Lunatic asylums Punjab 1881-1894 - 1881-1894
Year: 1881
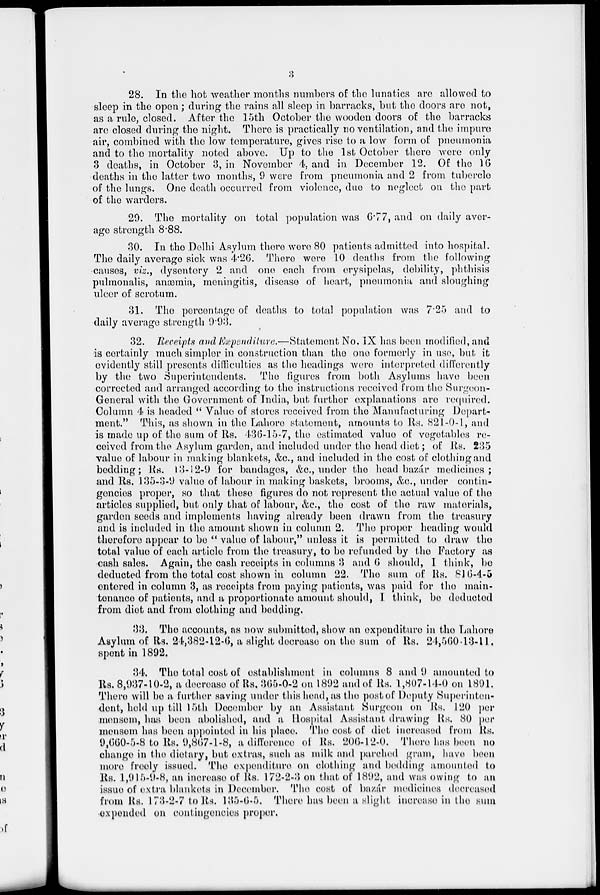
3
28. In the hot weather months numbers of the lunatics are allowed to
sleep in the open ; during the rains all sleep in barracks, but the doors are not,
as a rule, closed. After the 15th October the wooden doors of the barracks
are closed during the night. There is practically no ventilation, and the impure
air, combined with the low temperature, gives rise to a low form of pneumonia
and to the mortality noted above. Up to the 1st October there were only
3 deaths, in October 3, in November 4, and in December 12. Of the 16
deaths in the latter two months, 9 were from pneumonia and 2 from tuberele
of the lungs. One death occurred from violence, due to neglect on the part
of the warders.
29. The mortality on total population was 6.77, and on daily aver-
age strength 8.88.
30. In the Delhi Asylum there were 80 patients admitted into hospital.
The daily average sick was 4.26. There were 10 deaths from the following
causes, viz., dysentery 2 and one each from erysipelas, debility, phthisis
pulmonalis, anæmia, meningitis, disease of heart, pneumonia and sloughing
ulcer of scrotum.
31. The percentage of deaths to total population was 7.25 and to
daily average strength 9.93.
32. Receipts and Expenditure.—Statement No. IX has been modified, and
is certainly much simpler in construction than the one formerly in use, but it
evidently still presents difficulties as the headings were interpreted differently
by the two Superintendents. The figures from both Asylums have been
corrected and arranged according to the instructions received from the Surgeon-
General with the Government of India, but further explanations are required.
Column 4 is headed " Value of stores received from the Manufacturing Depart-
ment." This, as shown in the Lahore statement, amounts to Rs. 821-0-1, and
is made up of the sum of Rs. 436-15-7, the estimated value of vegetables re-
ceived from the Asylum garden, and included under the head diet ; of Rs. 235
value of labour in making blankets, &c., and included in the cost of clothing and
bedding; Rs. 13-12-9 for bandages, &c., under the head bazar medicines;
and Rs. 135-3-9 value of labour in making baskets, brooms, &c., under contin-
gencies proper, so that these figures do not represent the actual value of the
articles supplied, but only that of labour, &c., the cost of the raw materials,
garden seeds and implements having already been drawn from the treasury
and is included in the amount shown in column 2. The proper heading would
therefore appear to be " value of labour," unless it is permitted to draw the
total value of each article from the treasury, to be refunded by the Factory as
cash sales. Again, the cash receipts in columns 3 and 6 should, I think, be
deducted from the total cost shown in column 22. The sum of Rs. 816-4-5
entered in column 3, as receipts from paying patients, was paid for the main-
tenance of patients, and a proportionate amount should, I think, be deducted
from diet and from clothing and bedding.
33. The accounts, as now submitted, show an expenditure in the Lahore
Asylum of Rs. 24,382-12-6, a slight decrease on the sum of Rs. 24,560-13-11.
spent in 1892.
34. The total cost of establishment in columns 8 and 9 amounted to
Rs. 8,937-10-2, a decrease of Rs, 365-0-2 on 1892 and of Rs. 1,807-14-0 on 1891.
There will be a further saving under this head, as the post of Deputy Superinten-
dent, held up till 15th December by an Assistant Surgeon on Rs. 120 per
mensem, has been abolished, and a Hospital Assistant drawing Rs. 80 per
mensem has been appointed in his place. The cost of diet increased from Rs.
9,660-5-8 to Rs. 9,867-1-8, a difference of Rs. 206-12-0. There has been no
change in the dietary, but extras, such as milk and parched gram, have been
more freely issued. The expenditure on clothing and bedding amounted to
Rs. 1,915-9-8, an increase of Rs. 172-2-3 on that of 1892, and was owing to an
issue of extra blankets in December. The cost of bazár medicines decreased
from Rs. 173-2-7 to Rs. 135-6-5. There has been a slight increase in the sum
expended on contingencies proper.